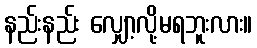
နည်းနည်း လျှော့လို့မရဘူးလား။